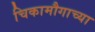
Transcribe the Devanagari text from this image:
चिकामौगाच्या